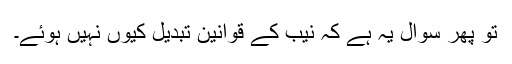
تو پھر سوال یہ ہے کہ نیب کے قوانین تبدیل کیوں نہیں ہوئے۔